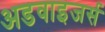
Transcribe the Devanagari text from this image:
अडवाइजर्स